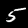
Digit: 5